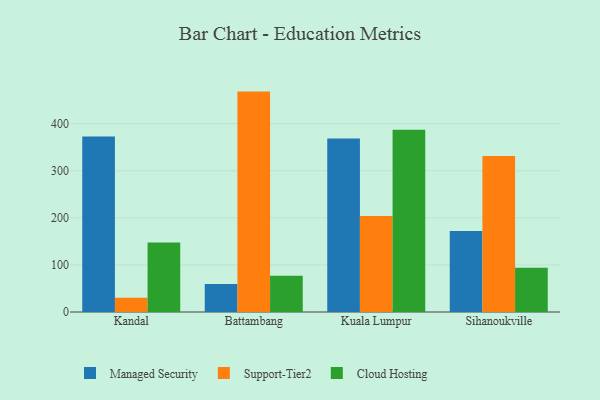
{"axis": {"x": "City", "y": "Customer Acquisition Cost (USD)"}, "legend": ["Cloud Hosting", "Managed Security", "Support-Tier2"], "data": [{"x": "Kandal", "y": 372.8, "type": "Managed Security"}, {"x": "Kandal", "y": 30.3, "type": "Support-Tier2"}, {"x": "Kandal", "y": 147.4, "type": "Cloud Hosting"}, {"x": "Battambang", "y": 59.3, "type": "Managed Security"}, {"x": "Battambang", "y": 468.2, "type": "Support-Tier2"}, {"x": "Battambang", "y": 77.1, "type": "Cloud Hosting"}, {"x": "Kuala Lumpur", "y": 368.8, "type": "Managed Security"}, {"x": "Kuala Lumpur", "y": 204.1, "type": "Support-Tier2"}, {"x": "Kuala Lumpur", "y": 387.4, "type": "Cloud Hosting"}, {"x": "Sihanoukville", "y": 172.1, "type": "Managed Security"}, {"x": "Sihanoukville", "y": 331.3, "type": "Support-Tier2"}, {"x": "Sihanoukville", "y": 93.8, "type": "Cloud Hosting"}]}